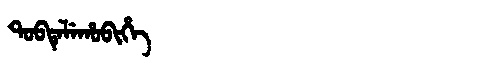
Manchu: ᡨᠣᠪᡨᡝᠯᡝᡥᠣᠪᡳᡥᡝ
Romanization: TOBTELEHOBIHE